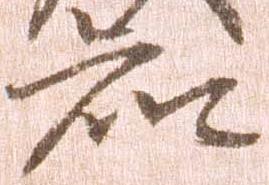
知